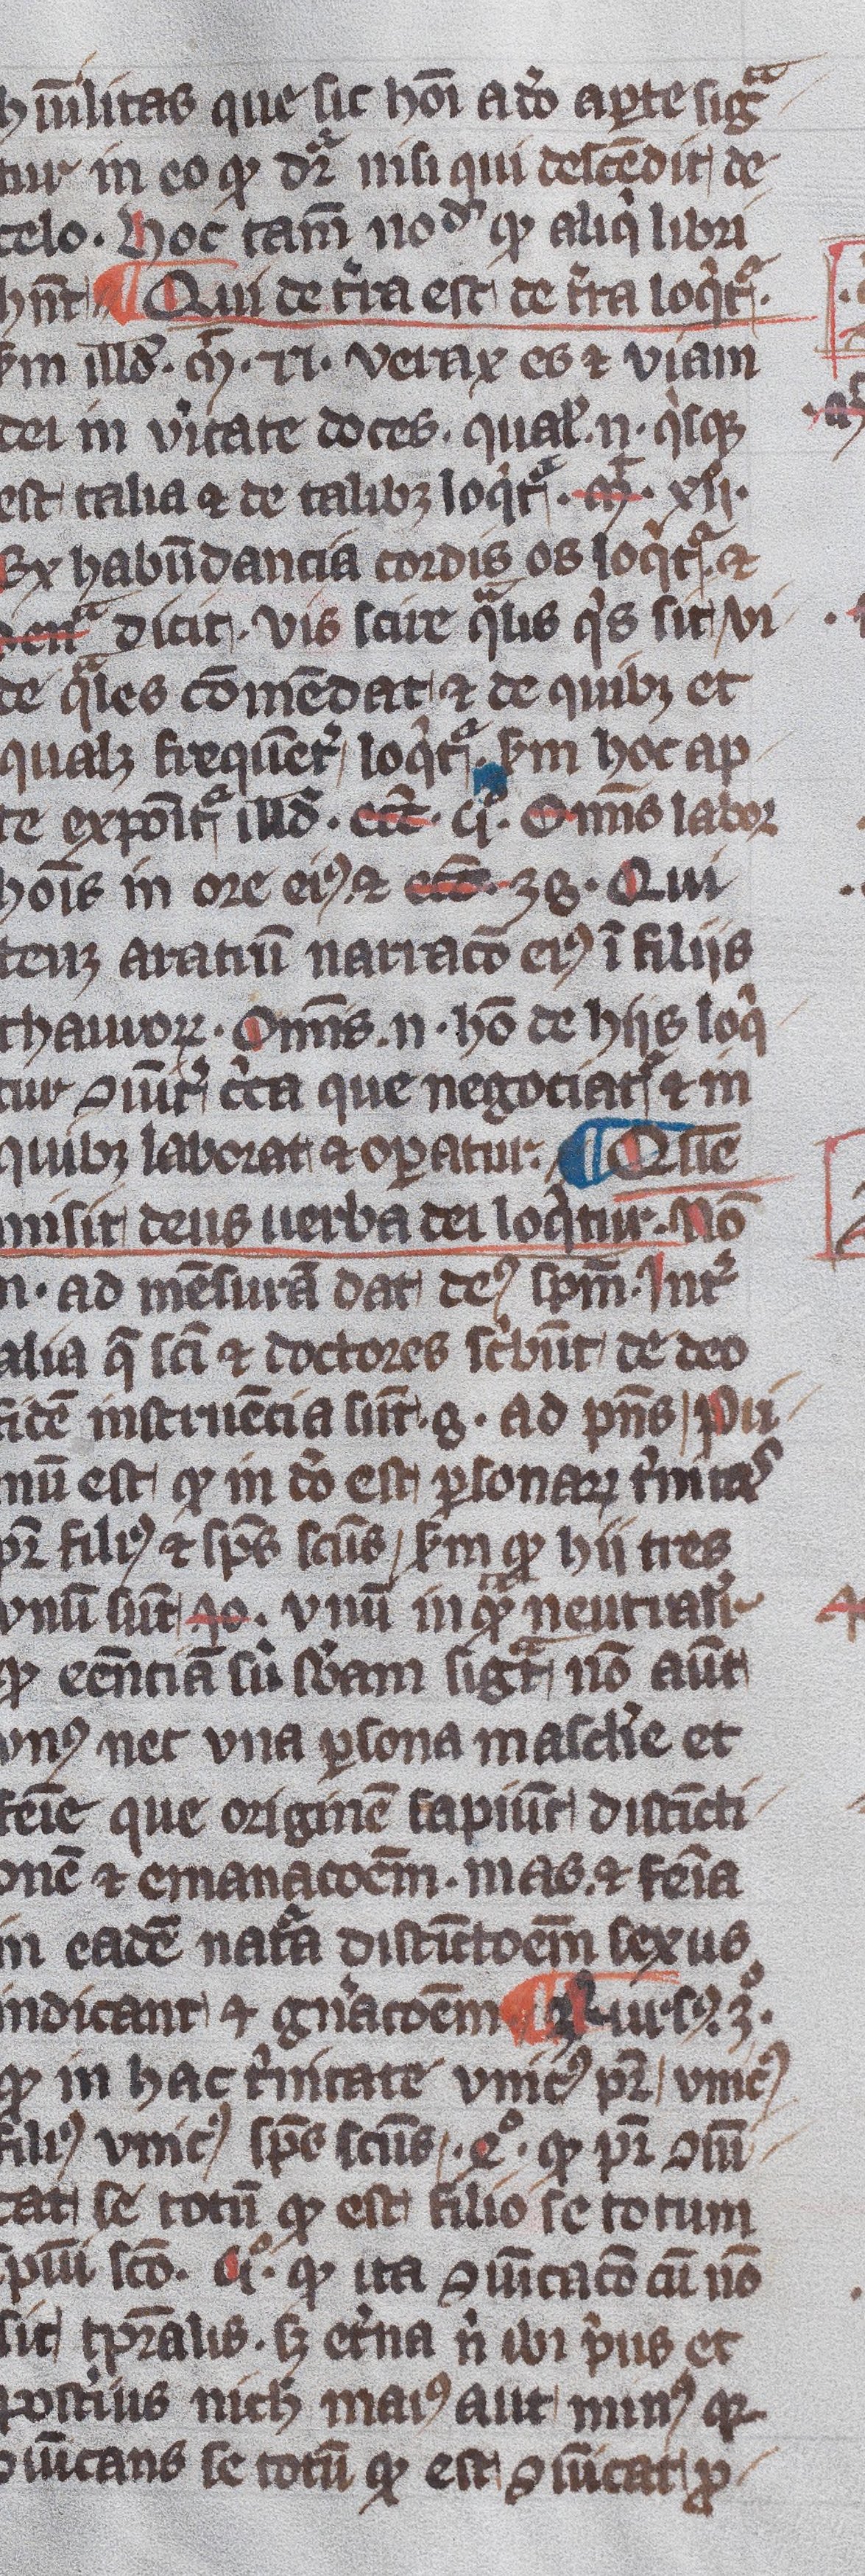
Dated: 1345–1355